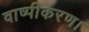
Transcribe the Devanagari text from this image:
वाष्पीकरण।